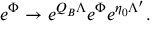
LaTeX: e ^ { \Phi } \to e ^ { Q _ { B } \Lambda } e ^ { \Phi } e ^ { \eta _ { 0 } \Lambda ^ { \prime } } .